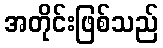
အတိုင်းဖြစ်သည်